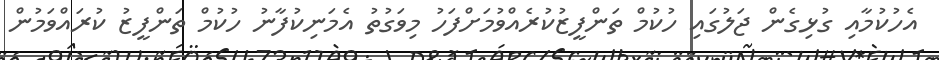
އެހުކުމާއި ގުޅިގެން ޖަލުގައި ހުކުމް ތަންފީޒުކުރެއްވުމަށްފަހު މިވަގުތު އެމަނިކުފާނު ހުކުމް ތަންފީޒު ކުރައްވަމުން